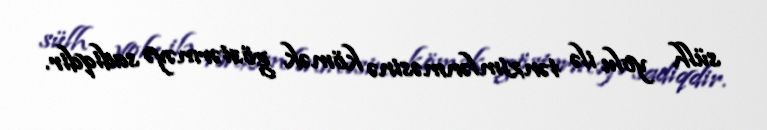
sülh yolu ilə tənzimlənməsinə kömək göstərməyə sadiqdir.